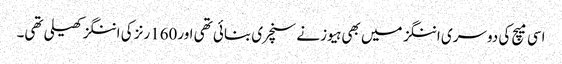
اسی میچ کی دوسری اننگز میں بھی ہیوز نے سنچری بنائی تھی اور160رنز کی اننگز کھیلی تھی۔